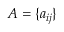
A = \{ a _ { i j } \}